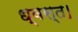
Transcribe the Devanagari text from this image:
ध्वस्त।